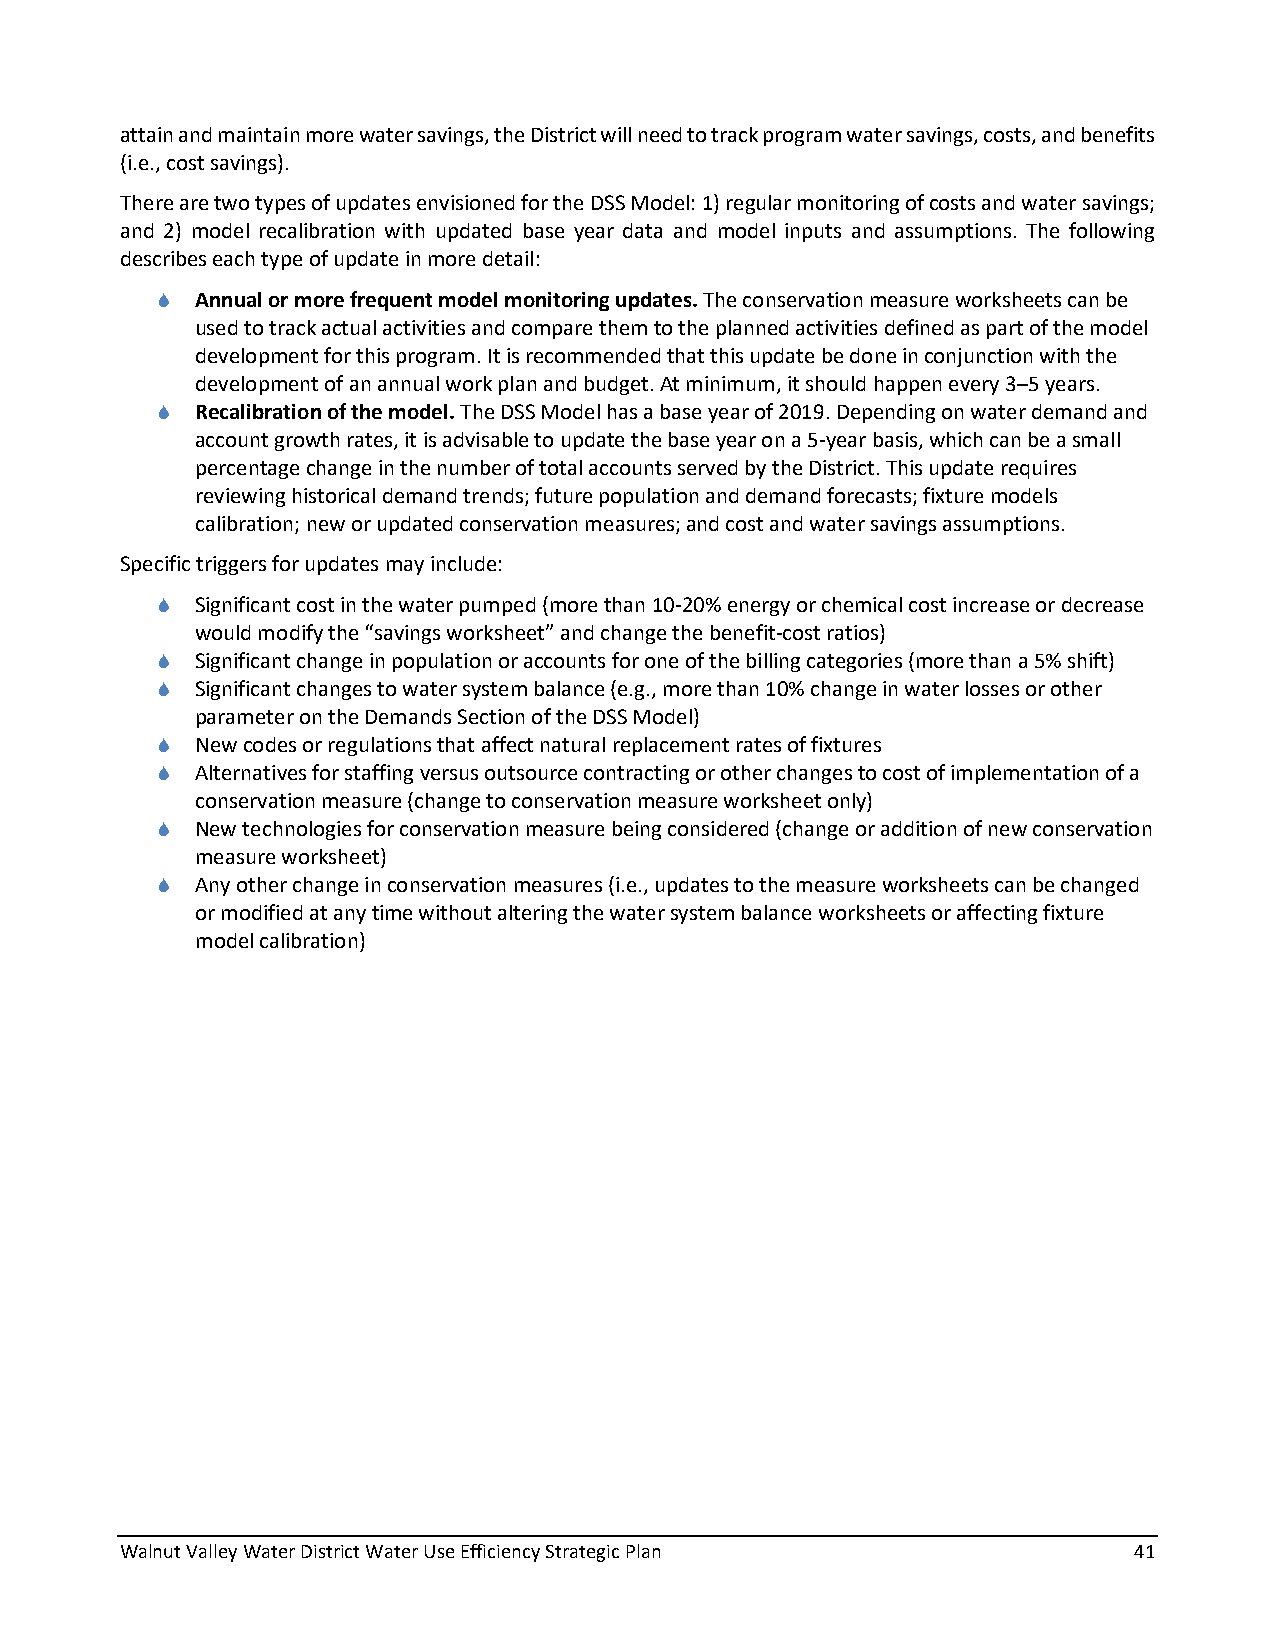
attain and maintain more water savings, the District will need to track program water savings, costs, and benefits
 (i.e., cost savings).
 There are two types of updates envisioned for the DSS Model: 1) regular monitoring of costs and water savings;
 and 2) model recalibration with updated base year data and model inputs and assumptions. The following
 describes each type of update in more detail:
   Annual or more frequent model monitoring updates. The conservation measure worksheets can be
 used to track actual activities and compare them to the planned activities defined as part of the model
 development for this program. It is recommended that this update be done in conjunction with the
 development of an annual work plan and budget. At minimum, it should happen every 3–5 years.
   Recalibration of the model. The DSS Model has a base year of 2019. Depending on water demand and
 account growth rates, it is advisable to update the base year on a 5-year basis, which can be a small
 percentage change in the number of total accounts served by the District. This update requires
 reviewing historical demand trends; future population and demand forecasts; fixture models
 calibration; new or updated conservation measures; and cost and water savings assumptions.
 Specific triggers for updates may include:
   Significant cost in the water pumped (more than 10-20% energy or chemical cost increase or decrease
 would modify the “savings worksheet” and change the benefit-cost ratios)
   Significant change in population or accounts for one of the billing categories (more than a 5% shift)
   Significant changes to water system balance (e.g., more than 10% change in water losses or other
 parameter on the Demands Section of the DSS Model)
   New codes or regulations that affect natural replacement rates of fixtures
   Alternatives for staffing versus outsource contracting or other changes to cost of implementation of a
 conservation measure (change to conservation measure worksheet only)
   New technologies for conservation measure being considered (change or addition of new conservation
 measure worksheet)
   Any other change in conservation measures (i.e., updates to the measure worksheets can be changed
 or modified at any time without altering the water system balance worksheets or affecting fixture
 model calibration)
 Walnut Valley Water District Water Use Efficiency Strategic Plan   41